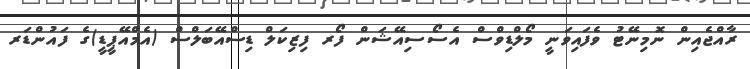
ރާއްޖެއިން ނޮމިނޭޓު ވެފައިވަނީ މޯލްޑިވްސް އެސޯސިއޭޝަން ފޯރ ފިޒިކަލް ޑިސްއޭބަލްސް (އެމްއޭޕީޑީ)ގެ ފައުންޑަރ